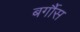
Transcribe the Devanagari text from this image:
बर्गौस